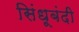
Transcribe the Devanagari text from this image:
सिंधूबंदी